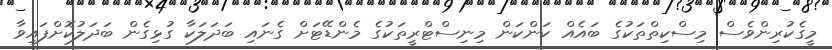
މީގެކުރިންވެސް މިސްކިތްތަކުގެ ބައެއް ކަންކަން މިނިސްޓްރީތަކުގެ މެންޑޭޓަށް ގެނައި ބަދަލަކާ ގުޅިގެން ބަދަލުކޮށްފައިވާ